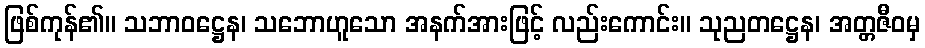
ဖြစ်ကုန်၏။ သဘာဝဋ္ဌေန၊ သဘောဟူသော အနက်အားဖြင့် လည်းကောင်း။ သုညတဋ္ဌေန၊ အတ္တဇီဝမှ